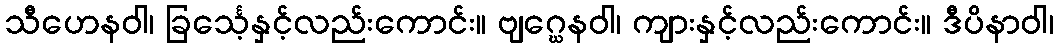
သီဟေနဝါ၊ ခြင်္သေ့နှင့်လည်းကောင်း။ ဗျဂ္ဃေနဝါ၊ ကျားနှင့်လည်းကောင်း။ ဒီပိနာဝါ၊